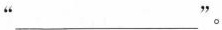
”___”。